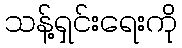
သန့်ရှင်းရေးကို